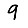
Digit: 9